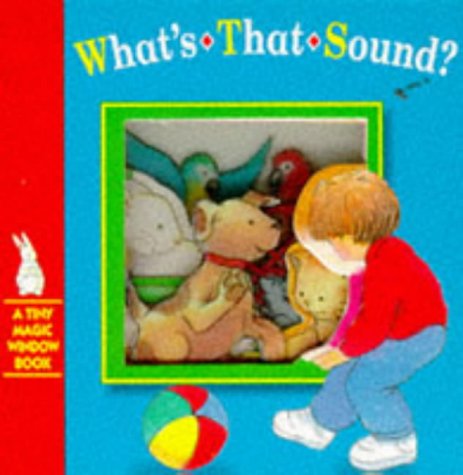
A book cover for What's That Sound? (Tiny Magic Window); Stewart Cowley; Children's Books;